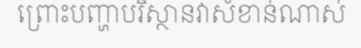
ព្រោះបញ្ហាបរិស្ថានវាសំខាន់ណាស់